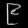
Digit: ၉